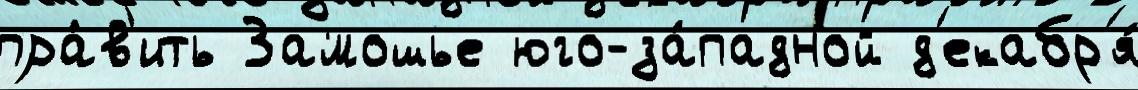
пра́в'ить Замошье юго-за́падной д'екабр'я́